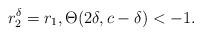
LaTeX: \begin{align*}r_2^{\delta} = r_1,\Theta(2\delta,c-\delta)<-1.\end{align*}